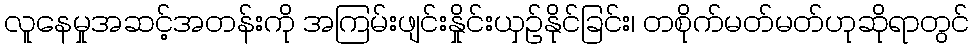
လူနေမှုအဆင့်အတန်းကို အကြမ်းဖျင်းနှိုင်းယှဉ်နိုင်ခြင်း၊ တစိုက်မတ်မတ်ဟုဆိုရာတွင်